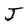
Character: J